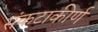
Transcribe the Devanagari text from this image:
संकटाकीर्ण